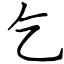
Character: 乞